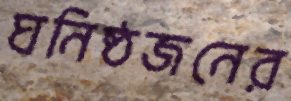
ঘনিষ্ঠজনের